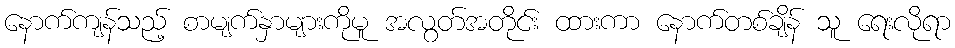
နောက်ကျန်သည့် စာမျက်နှာများကိုမူ အလွတ်အတိုင်း ထားကာ နောက်တစ်ချိန် သူ ရေးလိုရာ